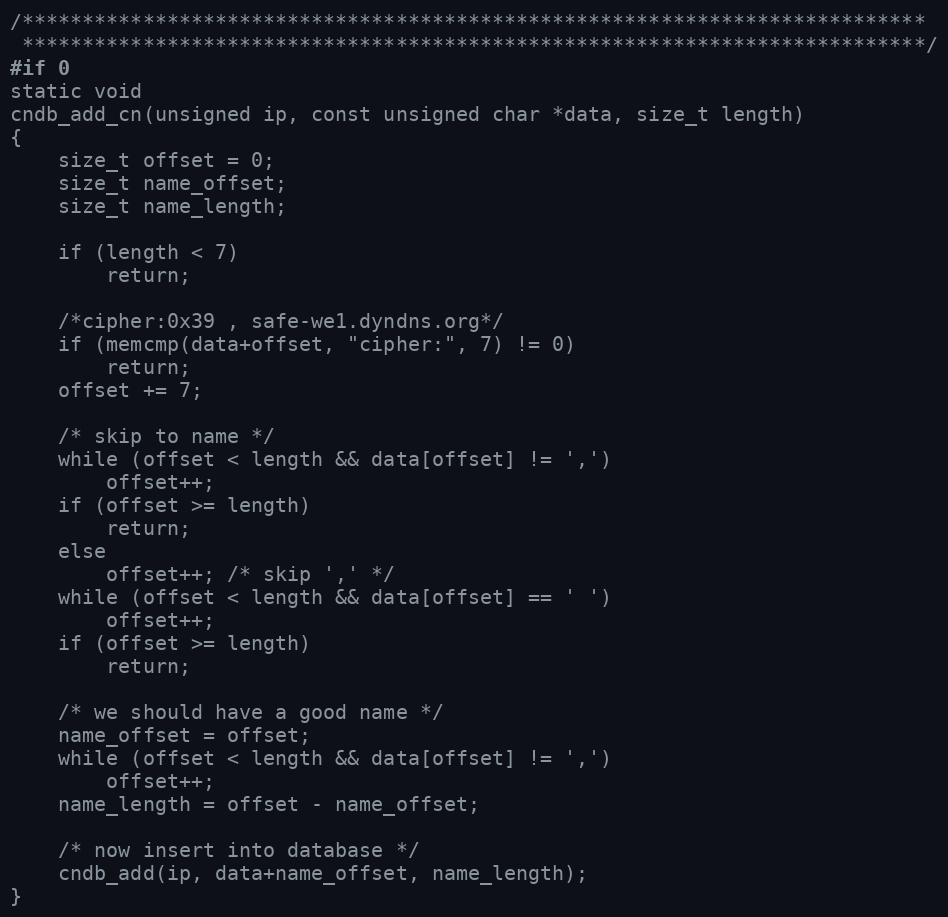
Language: C
/***************************************************************************
 ***************************************************************************/
#if 0
static void
cndb_add_cn(unsigned ip, const unsigned char *data, size_t length)
{
    size_t offset = 0;
    size_t name_offset;
    size_t name_length;

    if (length < 7)
        return;

    /*cipher:0x39 , safe-we1.dyndns.org*/
    if (memcmp(data+offset, "cipher:", 7) != 0)
        return;
    offset += 7;

    /* skip to name */
    while (offset < length && data[offset] != ',')
        offset++;
    if (offset >= length)
        return;
    else
        offset++; /* skip ',' */
    while (offset < length && data[offset] == ' ')
        offset++;
    if (offset >= length)
        return;

    /* we should have a good name */
    name_offset = offset;
    while (offset < length && data[offset] != ',')
        offset++;
    name_length = offset - name_offset;

    /* now insert into database */
    cndb_add(ip, data+name_offset, name_length);
}